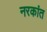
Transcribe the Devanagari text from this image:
नरकांत